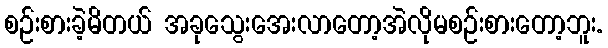
စဉ်းစားခဲ့မိတယ် အခုသွေးအေးလာတော့အဲလိုမစဉ်းစားတော့ဘူး.